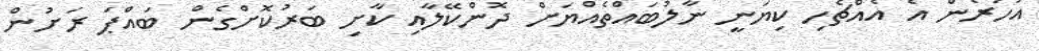
އަހަރެން އެ އެއްޗެހި ކިޔަނީ ނާލުބައްތެއްޔަށް ދޮންކޭލާއި ކާށި ބަރުކޮށްގެން ބައްޕަ ރަށުން